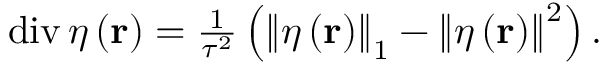
\begin{array} { r l } & { \operatorname { d i v } \ensuremath { \boldsymbol { \eta } } \left( \ensuremath { \mathbf { r } } \right) = \frac { 1 } { \tau ^ { 2 } } \left( \left\| \ensuremath { \boldsymbol { \eta } } \left( \ensuremath { \mathbf { r } } \right) \right\| _ { 1 } - \left\| \ensuremath { \boldsymbol { \eta } } \left( \ensuremath { \mathbf { r } } \right) \right\| ^ { 2 } \right) . } \end{array}